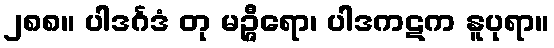
၂၈၈။ ပါဒင်္ဂဒံ တု မဉ္ဇီရော၊ ပါဒကဋက နူပုရာ။